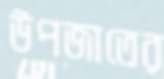
উপজাতের